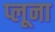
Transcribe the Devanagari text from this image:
प्लूना